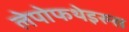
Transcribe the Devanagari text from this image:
लेपोफथेइरुस